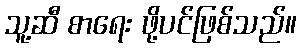
သူ့ဆီ စာရေး ဖို့ပင်ဖြစ်သည်။